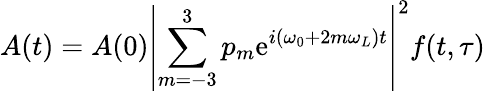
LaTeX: A(t)=A(0)\left\vert\sum_{m=-3}^{3}p_{m}\mathrm{e}^{i(\omega_{0}+2m\omega_{L})t}\right\vert^{2}f(t,\tau)